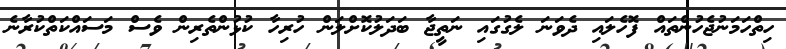
ހިތްހަމަނުޖެހުންތައް ފޮހެލައި ދެވަނަ ލެގުގައި ނަތީޖާ ބަދަލުކޮށްލަން ހުރިހާ ކުޅުންތެރިން ވެސް މަސައްކަތްކުރާނެ